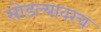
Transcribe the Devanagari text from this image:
सोडल्यावरच